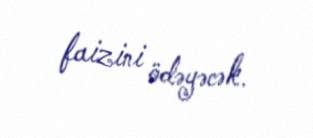
faizini ödəyəcək.